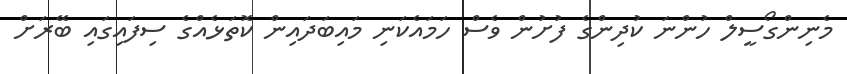
މެނިންގޯސީލް ހުންނަ ކުދިންގެ ފުށުން ވެސް ހަމައެކަނި މައިބަދައިން ކޮތަޅެއްގެ ސިފައިގައި ބޭރަށް